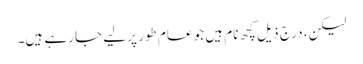
لیکن، درج ذیل کچھ نام ہیں جو عام طور پر لیے جا رہے ہیں۔